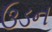
ઉડન